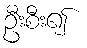
ဦးစီး၍